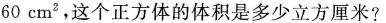
60cm^{2} ，这个正方体的体积是多少立方厘米?